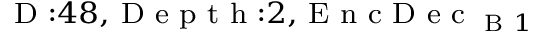
_ { \textrm { D } : 4 8 , \textrm { D e p t h } : 2 , \textrm { E n c D e c } _ { \textrm { B } 1 } }